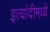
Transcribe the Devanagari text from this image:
इत्यांदीमध्ये